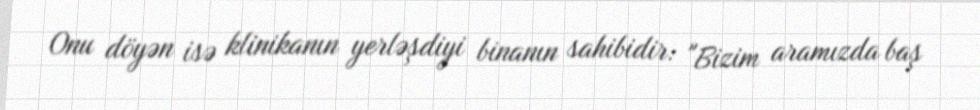
Onu döyən isə klinikanın yerləşdiyi binanın sahibidir: "Bizim aramızda baş